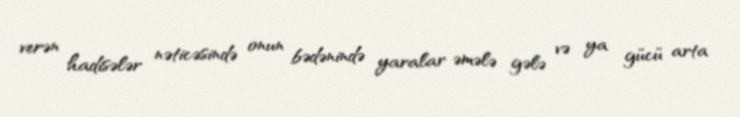
verən hadisələr nəticəsində onun bədənində yaralar əmələ gələ və ya gücü arta